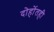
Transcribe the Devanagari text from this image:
दोहोंतही